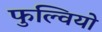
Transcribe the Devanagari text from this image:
फुल्वियो